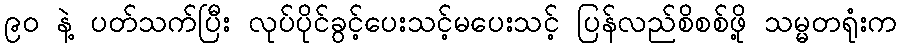
၉ဝ နဲ့ ပတ်သက်ပြီး လုပ်ပိုင်ခွင့်ပေးသင့်မပေးသင့် ပြန်လည်စိစစ်ဖို့ သမ္မတရုံးက